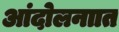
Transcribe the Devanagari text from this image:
आंदोलनाात